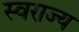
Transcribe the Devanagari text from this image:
स्‍वराज्य